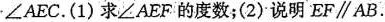
∠AEC.(1)求∠AEF的度数；(2)说明$$E F \parallel A B$$.